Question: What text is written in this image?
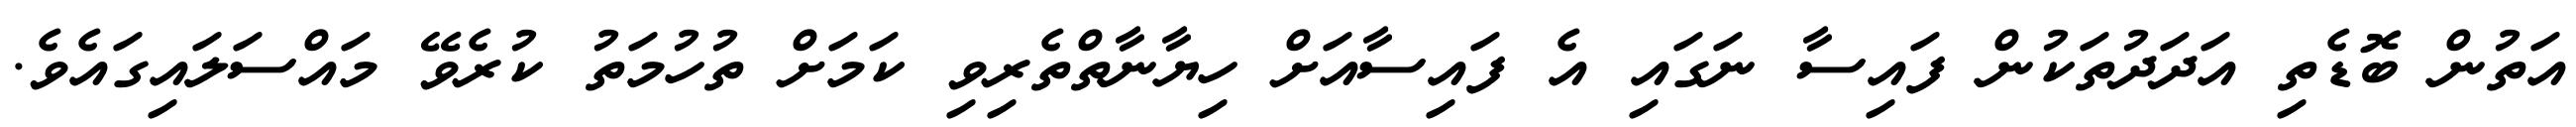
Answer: އަތުން ބޮޑެތި އަދަދުތަކުން ފައިސާ ނަގައި އެ ފައިސާއަށް ހިޔާނާތްތެރިވި ކަމަށް ތުހުމަތު ކުރެވޭ މައްސަލައިގައެވެ.